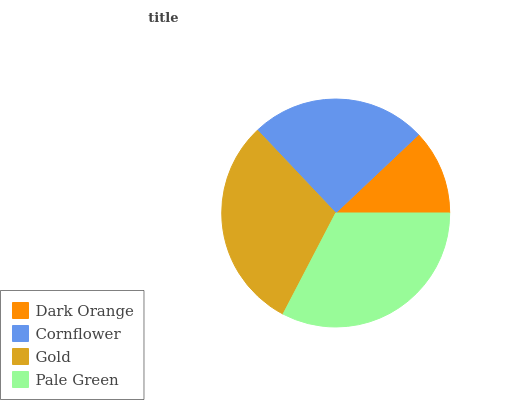
| Dark Orange | Cornflower | Gold | Pale Green |
 | --- | --- | --- | --- |
 | 12.1% | 25% | 30.3% | 32.7% |